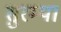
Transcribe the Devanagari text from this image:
सुरम्या